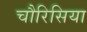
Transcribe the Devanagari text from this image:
चौरिसिया